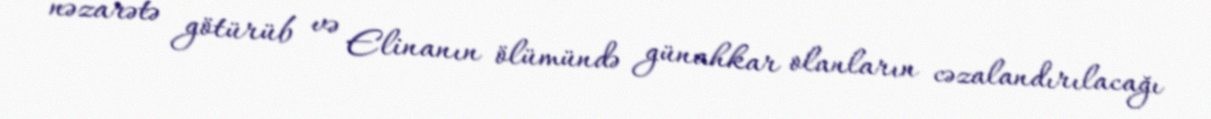
nəzarətə götürüb və Elinanın ölümündə günahkar olanların cəzalandırılacağı